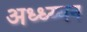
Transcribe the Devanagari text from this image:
अध्ध्य्यन